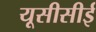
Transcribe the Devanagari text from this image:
यूसीसीई